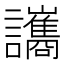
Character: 讗